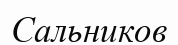
Сальников